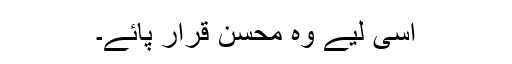
اسی لیے وہ محسن قرار پائے۔